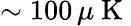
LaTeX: \sim 100\, \mu\mathrm{~K~}